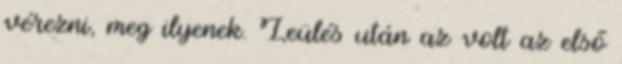
vérezni, meg ilyenek. Leülés után az volt az első